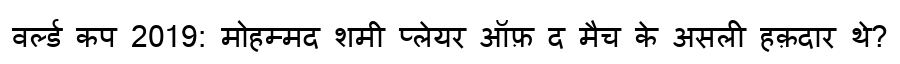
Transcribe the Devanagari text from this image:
वर्ल्ड कप 2019: मोहम्मद शमी प्लेयर ऑफ़ द मैच के असली हक़दार थे?